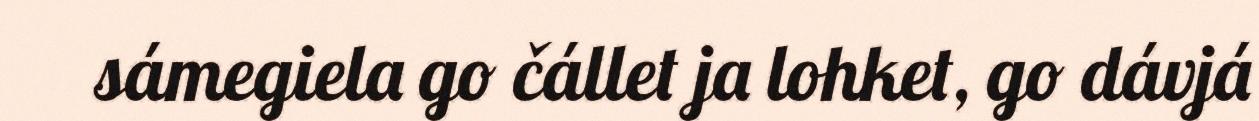
sámegiela go čállet ja lohket, go dávjá